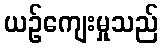
ယဉ်ကျေးမှုသည်